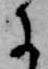
に